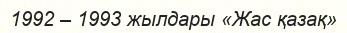
1992 – 1993 жылдары «Жас қазақ»